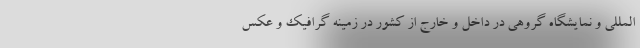
المللی و نمایشگاه گروهی در داخل و خارج از کشور در زمینه گرافیک و عکس